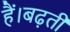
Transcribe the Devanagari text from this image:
हैं।बढ़ती